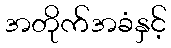
အတိုက်အခံနှင့်